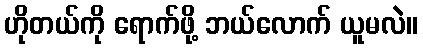
ဟိုတယ်ကို ရောက်ဖို့ ဘယ်လောက် ယူမလဲ။